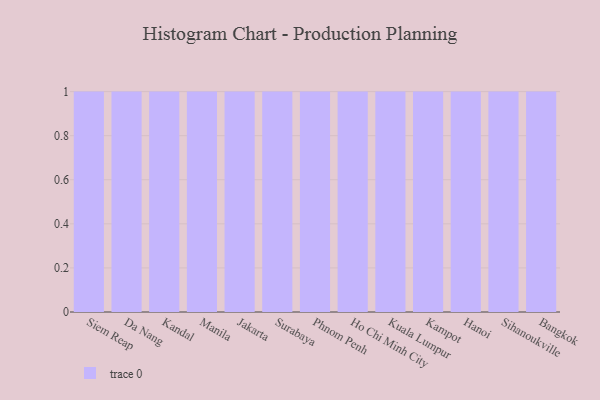
{"axis": {"x": "City", "y": "Budget (USD K)"}, "legend": [""], "data": [{"x": "Siem Reap", "y": 51, "type": ""}, {"x": "Da Nang", "y": 88, "type": ""}, {"x": "Kandal", "y": 88, "type": ""}, {"x": "Manila", "y": 48, "type": ""}, {"x": "Jakarta", "y": 3, "type": ""}, {"x": "Surabaya", "y": 63, "type": ""}, {"x": "Phnom Penh", "y": 76, "type": ""}, {"x": "Ho Chi Minh City", "y": 41, "type": ""}, {"x": "Kuala Lumpur", "y": 88, "type": ""}, {"x": "Kampot", "y": 90, "type": ""}, {"x": "Hanoi", "y": 38, "type": ""}, {"x": "Sihanoukville", "y": 13, "type": ""}, {"x": "Bangkok", "y": 72, "type": ""}]}